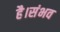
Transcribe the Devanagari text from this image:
है।संभव